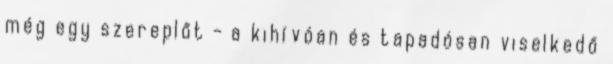
még egy szereplőt - a kihívóan és tapadósan viselkedő